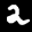
Label: 2